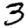
Digit: 3